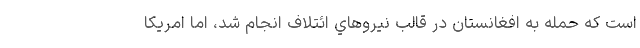
است كه حمله به افغانستان در قالب نيروهاي ائتلاف انجام شد، اما امريكا